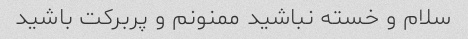
سلام و خسته نباشید ممنونم و پربرکت باشید